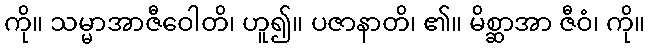
ကို။ သမ္မာအာဇီဝေါတိ၊ ဟူ၍။ ပဇာနာတိ၊ ၏။ မိစ္ဆာအာ ဇီဝံ၊ ကို။